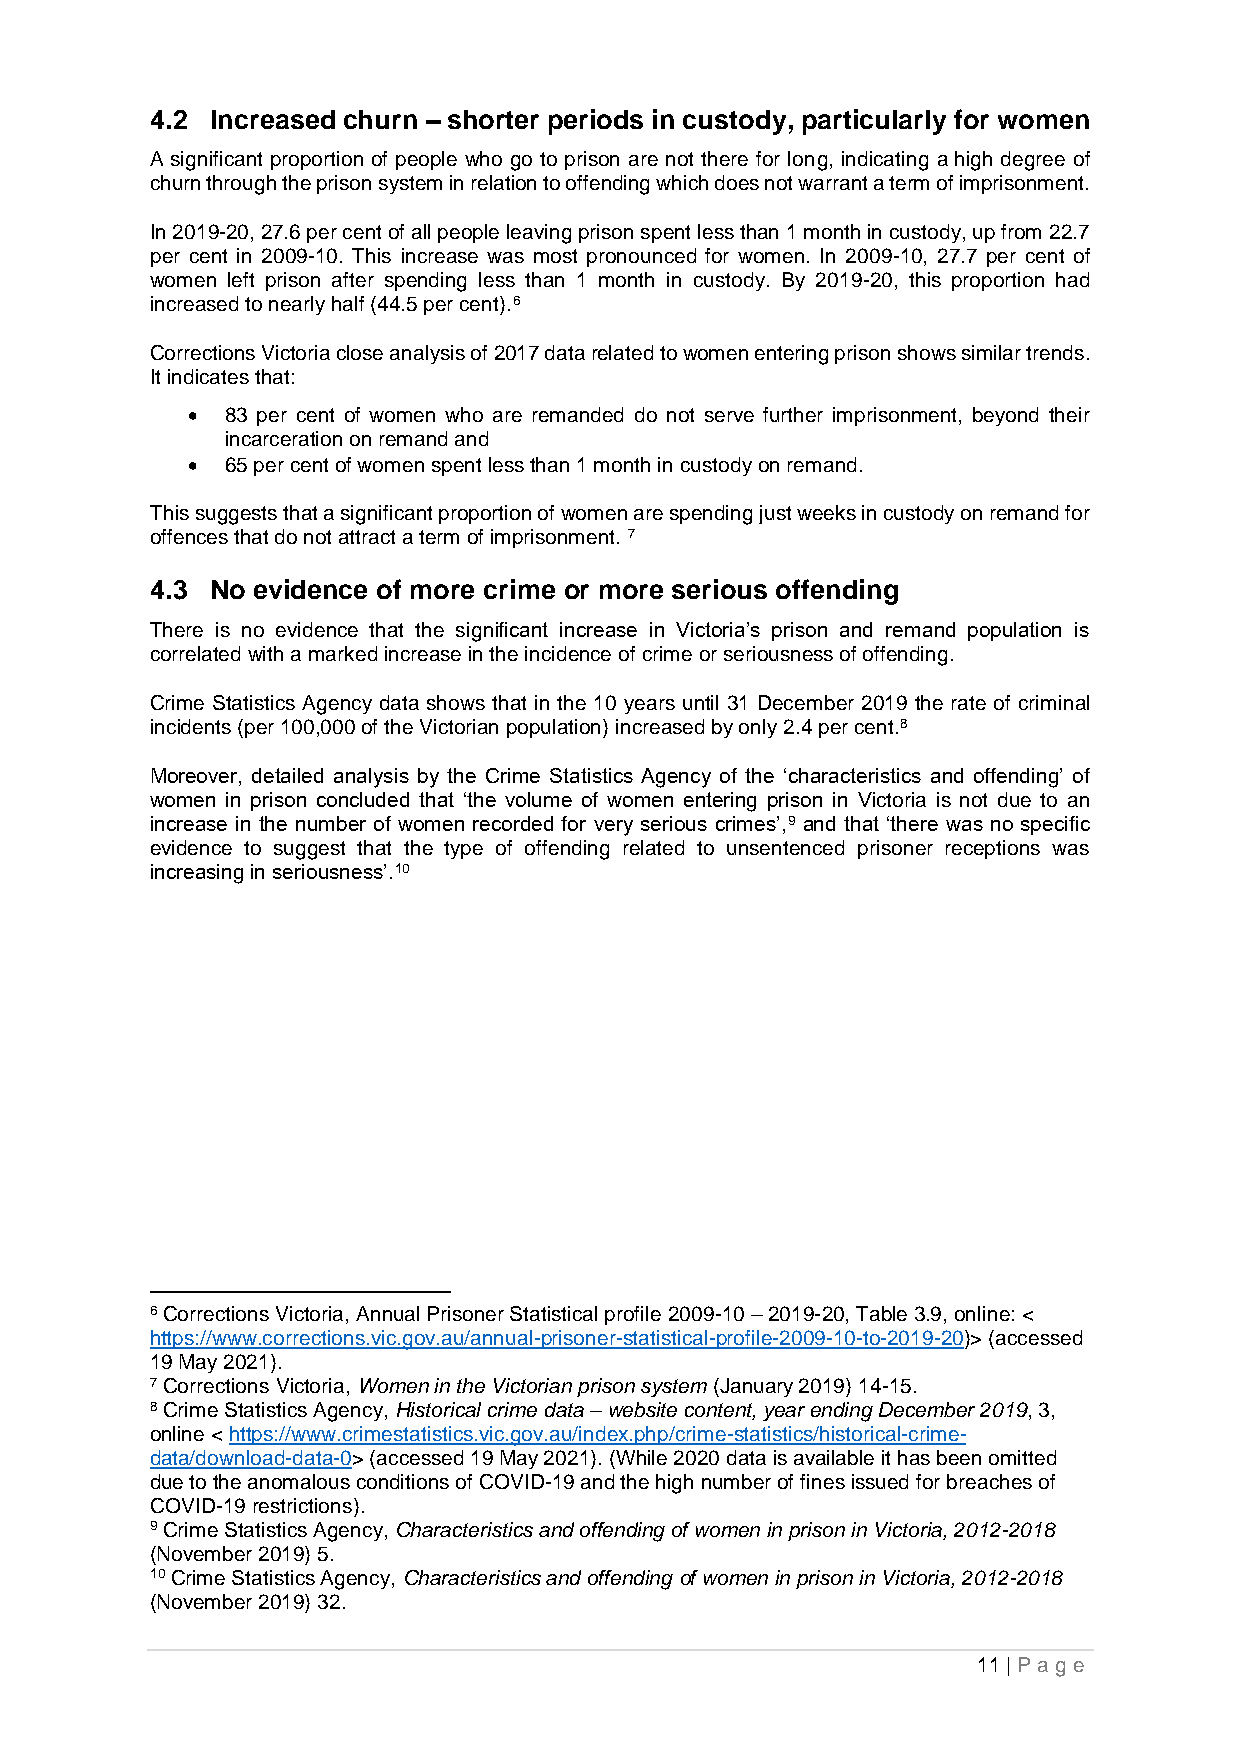
4.2 Increased churn – shorter periods in custody, particularly for women
 A significant proportion of people who go to prison are not there for long, indicating a high degree of
 churn through the prison system in relation to offending which does not warrant a term of imprisonment.
 In 2019-20, 27.6 per cent of all people leaving prison spent less than 1 month in custody, up from 22.7
 per cent in 2009-10. This increase was most pronounced for women. In 2009-10, 27.7 per cent of
 women left prison after spending less than 1 month in custody. By 2019-20, this proportion had
 increased to nearly half (44.5 per cent).6
 Corrections Victoria close analysis of 2017 data related to women entering prison shows similar trends.
 It indicates that:
 •  83 per cent of women who are remanded do not serve further imprisonment, beyond their
 incarceration on remand and
 •  65 per cent of women spent less than 1 month in custody on remand.
 This suggests that a significant proportion of women are spending just weeks in custody on remand for
 offences that do not attract a term of imprisonment. 7
 4.3 No evidence of more crime or more serious offending
 There is no evidence that the significant increase in Victoria’s prison and remand population is
 correlated with a marked increase in the incidence of crime or seriousness of offending.
 Crime Statistics Agency data shows that in the 10 years until 31 December 2019 the rate of criminal
 incidents (per 100,000 of the Victorian population) increased by only 2.4 per cent.8
 Moreover, detailed analysis by the Crime Statistics Agency of the ‘characteristics and offending’ of
 women in prison concluded that ‘the volume of women entering prison in Victoria is not due to an
 increase in the number of women recorded for very serious crimes’,9 and that ‘there was no specific
 evidence to suggest that the type of offending related to unsentenced prisoner receptions was
 increasing in seriousness’.10
 6 Corrections Victoria, Annual Prisoner Statistical profile 2009-10 – 2019-20, Table 3.9, online: <
 https://www.corrections.vic.gov.au/annual-prisoner-statistical-profile-2009-10-to-2019-20)> (accessed
 19 May 2021).
 7 Corrections Victoria, Women in the Victorian prison system (January 2019) 14-15.
 8 Crime Statistics Agency, Historical crime data – website content, year ending December 2019, 3,
 online < https://www.crimestatistics.vic.gov.au/index.php/crime-statistics/historical-crime-
 data/download-data-0> (accessed 19 May 2021). (While 2020 data is available it has been omitted
 due to the anomalous conditions of COVID-19 and the high number of fines issued for breaches of
 COVID-19 restrictions).
 9 Crime Statistics Agency, Characteristics and offending of women in prison in Victoria, 2012-2018
 (November 2019) 5.
 10 Crime Statistics Agency, Characteristics and offending of women in prison in Victoria, 2012-2018
 (November 2019) 32.
 11 | P age